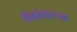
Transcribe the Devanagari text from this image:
छंदांवरून